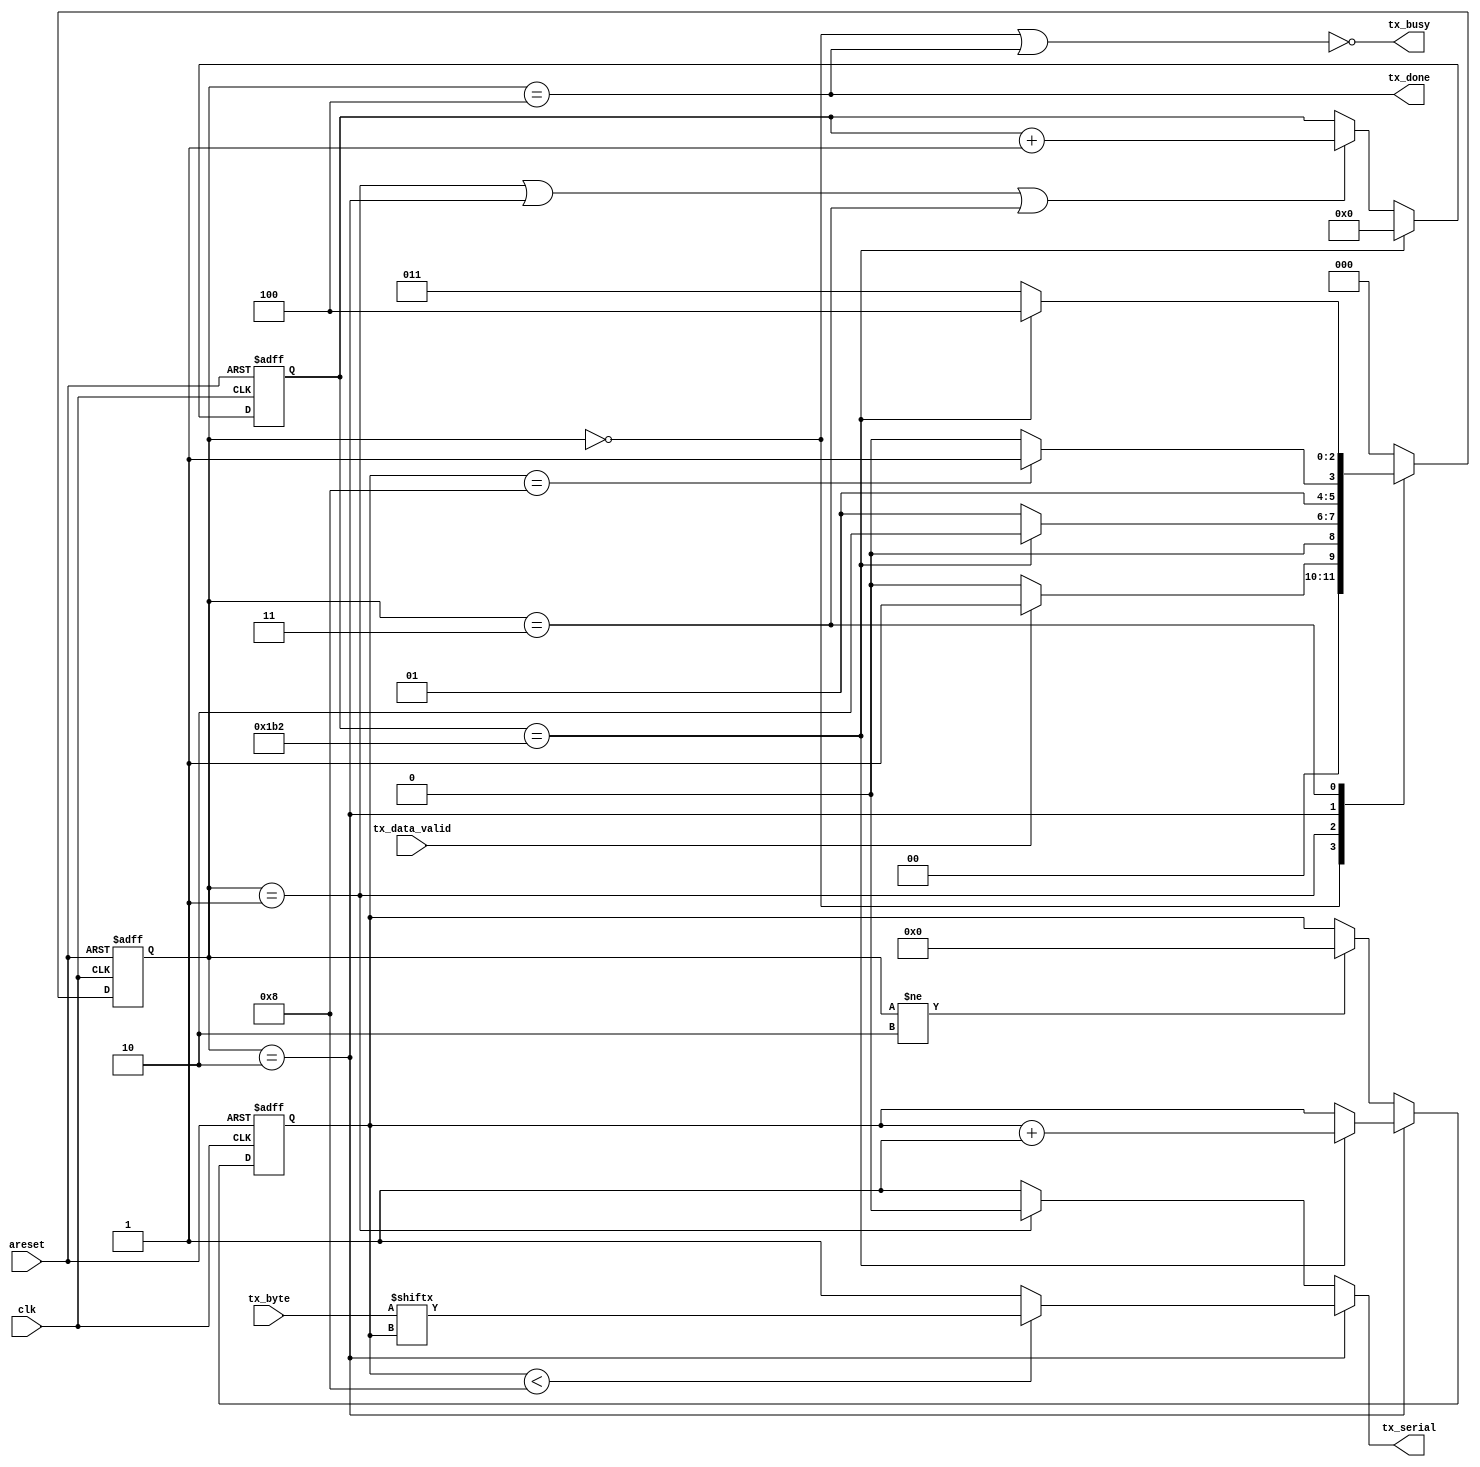
module uart_tx #(
    parameter CLK_FREQ   = 50_000_000,
    parameter BAUD_RATE  = 115200,
    parameter DATA_WIDTH = 8
) (
    input                      clk,
    input                      areset,
    input                      tx_data_valid,
    input [DATA_WIDTH - 1 : 0] tx_byte,
    output                     tx_busy,
    output                     tx_serial,
    output                     tx_done
);
    localparam TICKS_PER_BIT = CLK_FREQ / BAUD_RATE;
    localparam COUNT_REG_LEN = 1 + $clog2(TICKS_PER_BIT);

    // States
    localparam [2:0] IDLE_S      = 3'b000,
                     START_BIT_S = 3'b001,
                     DATA_BITS_S = 3'b010,
                     STOP_BIT_S  = 3'b011,
                     CLEANUP_S   = 3'b100;
    
    reg [2:0] state, next_state;
    always @(posedge clk or negedge areset) begin
        if(!areset)
            state <= IDLE_S;
        else
            state <= next_state;
    end

    reg [COUNT_REG_LEN - 1 : 0] ticks_counter;
    wire next_bit = (ticks_counter == TICKS_PER_BIT);
    always @(posedge clk or negedge areset) begin
        if(!areset)
            ticks_counter <= {COUNT_REG_LEN{1'b0}};
        else if (next_bit)
            ticks_counter <= {COUNT_REG_LEN{1'b0}};
        else if(state == START_BIT_S ||
                state == DATA_BITS_S ||
                state == STOP_BIT_S    )
            ticks_counter <= ticks_counter + 1'b1;
    end

    reg [3:0] bit_counter;
    wire data_bits_done = (bit_counter == DATA_WIDTH);
    always @(posedge clk or negedge areset) begin
        if(!areset)
            bit_counter <= {4{1'b0}};
        else if (state == DATA_BITS_S) begin
            if(next_bit) begin
                bit_counter <= bit_counter + 1'b1;
            end
        end
        else if (state != DATA_BITS_S) begin
            bit_counter <= {4{1'b0}};
        end
    end

    // Next state logic
    always @(*) begin
        next_state = state;
        case (state)
            IDLE_S     : next_state = tx_data_valid  ? START_BIT_S : IDLE_S;
            START_BIT_S: next_state = next_bit       ? DATA_BITS_S : START_BIT_S;
            DATA_BITS_S: next_state = data_bits_done ? STOP_BIT_S  : DATA_BITS_S;
            STOP_BIT_S : next_state = next_bit       ? CLEANUP_S   : STOP_BIT_S;
            CLEANUP_S  : next_state = IDLE_S;
            default    : next_state = IDLE_S;
        endcase
    end

    assign tx_busy   = !((state == IDLE_S) || (state == CLEANUP_S));
    assign tx_done   =  (state == CLEANUP_S);
    
    assign tx_serial =  (state == DATA_BITS_S) ? 
                        ((bit_counter < DATA_WIDTH) ? tx_byte[bit_counter] : 1'b1) : 
                        ((state == START_BIT_S) ? 1'b0 : 1'b1);

endmodule